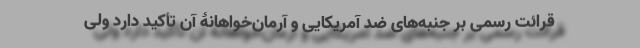
قرائت رسمی بر جنبه‌های ضد آمریکایی و آرمان‌خواهانۀ آن تأکید دارد ولی